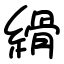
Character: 縎